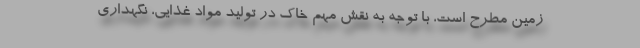
زمین مطرح است، با توجه به نقش مهم خاک در تولید مواد غذایی، نگهداری